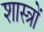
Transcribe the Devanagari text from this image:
शास्त्राें